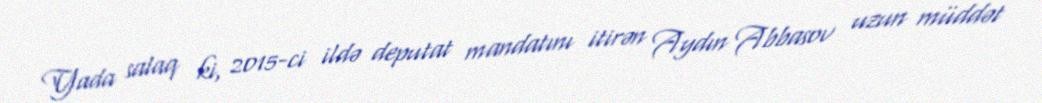
Yada salaq ki, 2015-ci ildə deputat mandatını itirən Aydın Abbasov uzun müddət